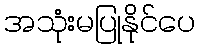
အသုံးမပြုနိုင်ပေ